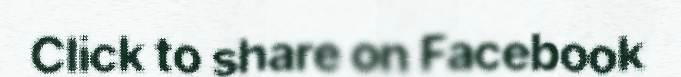
Click to share on Facebook